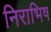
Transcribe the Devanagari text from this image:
निराभिष